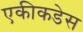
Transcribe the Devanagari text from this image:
एकीकडेस